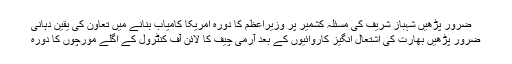
ضرور پڑھیں شہباز شریف کی مسئلہ کشمیر پر وزیراعظم کا دورہ امریکا کامیاب بنانے میں تعاون کی یقین دہانی
ضرور پڑھیں بھارت کی اشتعال انگیز کاروائیوں کے بعد آرمی چیف کا لائن آف کنٹرول کے اگلے مورچوں کا دورہ